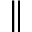
\|